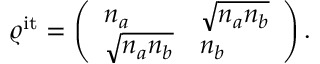
\varrho ^ { \mathrm { i t } } = \left( \begin{array} { l l } { n _ { a } } & { \sqrt { n _ { a } n _ { b } } } \\ { \sqrt { n _ { a } n _ { b } } } & { n _ { b } } \end{array} \right) .